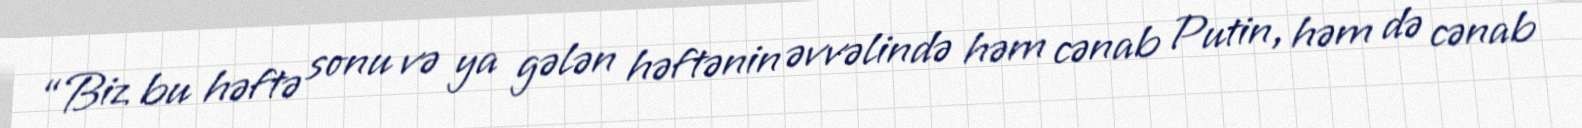
“Biz bu həftə sonu və ya gələn həftənin əvvəlində həm cənab Putin, həm də cənab